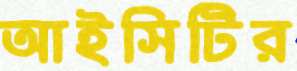
আইসিটির